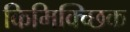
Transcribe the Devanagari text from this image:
किमिक्च्छिक